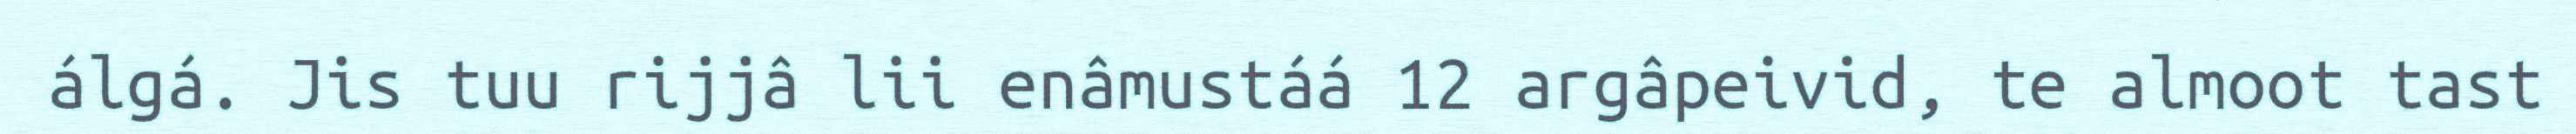
álgá. Jis tuu rijjâ lii enâmustáá 12 argâpeivid, te almoot tast